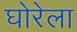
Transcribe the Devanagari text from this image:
घोरेला